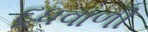
દૂધવાળી